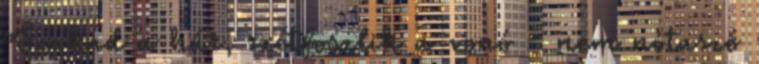
Szakad a húr, szétfoszlik a vonó - nem nótaszó